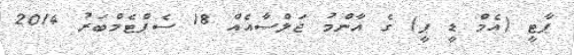
ޕާޓީ (އެމް ޑީ ޕީ) ގެ އާންމު ޖަލްސާއެއް 18 ސެޕްޓެމްބަރު 2014